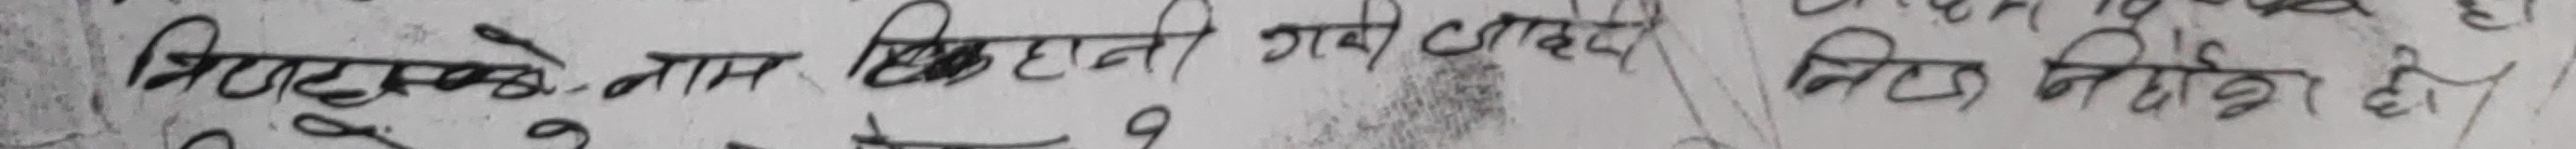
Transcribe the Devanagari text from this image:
प्रिन्टइसके. नाम बिकाहुनी गयि बाहेक निष निषाे हाे